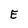
Character: E